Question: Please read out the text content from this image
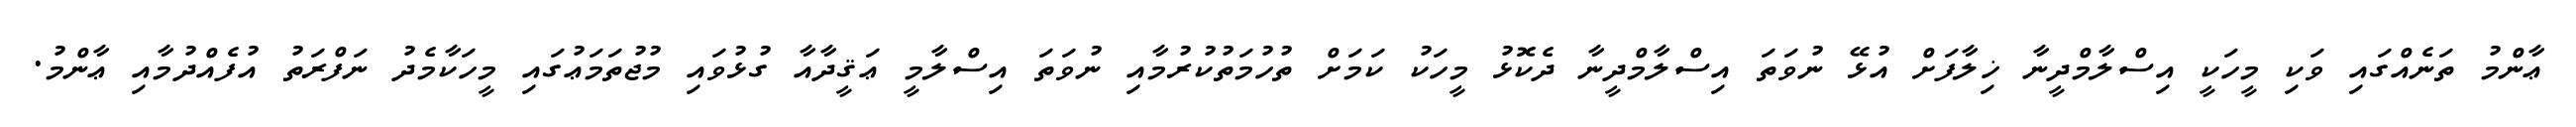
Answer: ޢާންމު ތަނެއްގައި ވަކި މީހަކީ އިސްލާމްދީނާ ޚިލާފަށް އުޅޭ ނުވަތަ އިސްލާމްދީނާ ދެކޮޅު މީހަކު ކަމަށް ތުހުމަތުކުރުމާއި ނުވަތަ އިސްލާމީ ޢަޤީދާއާ ގުޅުވައި މުޖުތަމަޢުގައި މީހަކާމެދު ނަފްރަތު އުފެއްދުމާއި ޢާންމު.